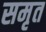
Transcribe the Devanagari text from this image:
समृत